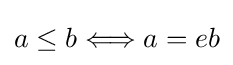
a\leq b\Longleftrightarrow a=eb